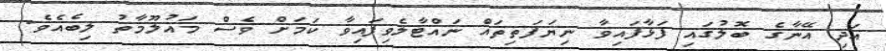
އަދި އޭނާގެ ބޮލުގައި ފަޅާފައިވާ ނިޔަފަތިތައް ނައްޓާލެވިފައިވާ ކަމަށް ވެސް މައުލޫމާތު ލިބެއެވެ.